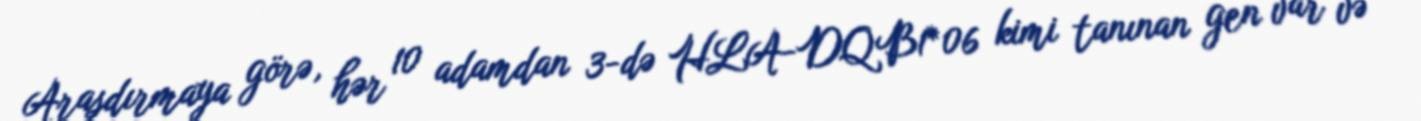
Araşdırmaya görə, hər 10 adamdan 3-də HLA-DQB1*06 kimi tanınan gen var və